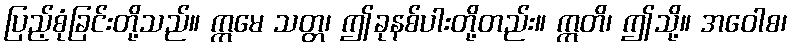
ပြည့်စုံခြင်းတို့သည်။ ဣမေ သတ္တ၊ ဤခုနစ်ပါးတို့တည်း။ ဣတိ၊ ဤသို့။ အဝေါစ၊